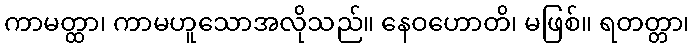
ကာမတ္ထာ၊ ကာမဟူသောအလိုသည်။ နေဝဟောတိ၊ မဖြစ်။ ရတတ္တာ၊